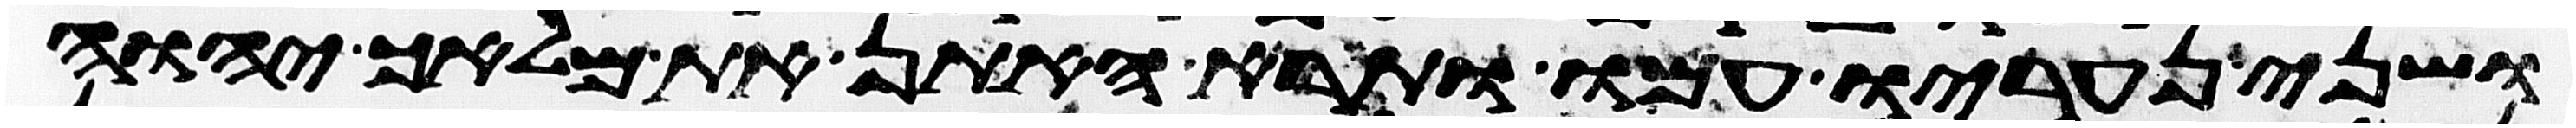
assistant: ושני נעריו עמו ותרא האתון את מלאך יהוה